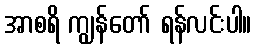
အာစရိ ကျွန်တော် ရန်လင်းပါ။